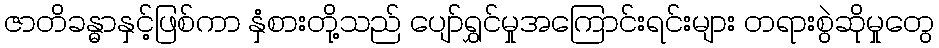
ဇာတိခန္ဓာနှင့်ဖြစ်ကာ နှံစားတို့သည် ပျော်ရွှင်မှုအကြောင်းရင်းများ တရားစွဲဆိုမှုတွေ